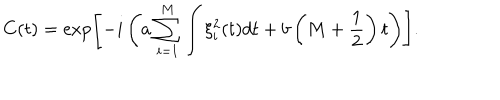
C ( t ) = \exp \left[ - i \left( a \sum _ { i = 1 } ^ { M } \int \xi _ { i } ^ { 2 } ( t ) d t + b \left( M + \frac { 1 } { 2 } \right) t \right) \right] .